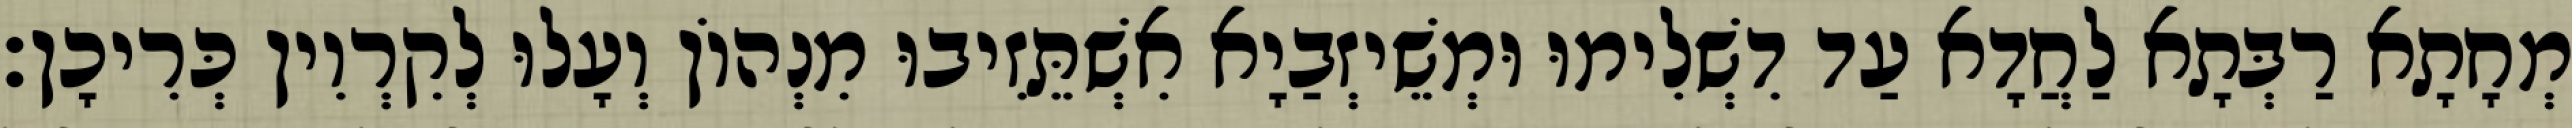
מְחָתָא רַבְּתָא לַחֲדָא עַד דִשְׁלִימוּ וּמְשֵׁיזְבַיָא אִשְׁתֵּזִיבוּ מִנְהוֹן וְעָלוּ לְקִרְוִין כְּרִיכָן׃